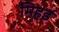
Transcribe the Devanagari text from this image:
मिहई